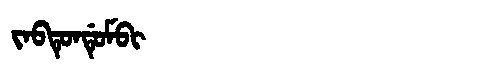
Manchu: ᠵᠠᠪᡨᡠᠨᡩᡠᠮᠪᡳ
Romanization: JABTUNDUMBI